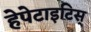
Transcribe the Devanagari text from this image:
हेपेटाइटिस्